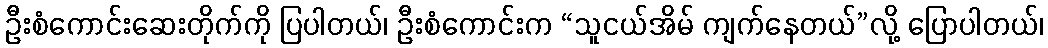
ဦးစံကောင်းဆေးတိုက်ကို ပြပါတယ်၊ ဦးစံကောင်းက “သူငယ်အိမ် ကျက်နေတယ်”လို့ ပြောပါတယ်၊